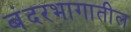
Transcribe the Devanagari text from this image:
बंदरभागातील